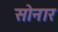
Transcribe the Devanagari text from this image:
साेनार